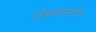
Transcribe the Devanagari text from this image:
ओबरामरगोउ